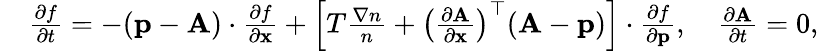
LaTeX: \begin{array}{rl}&{\frac{\partial f}{\partial t}=-({\mathbf p}-{\mathbf A})\cdot\frac{\partial f}{\partial{\mathbf x}}+\left[T\frac{\nabla n}{n}+\left(\frac{\partial{\mathbf A}}{\partial\mathbf x}\right)^{\top}({\mathbf A}-{\mathbf p})\right]\cdot\frac{\partial f}{\partial{\mathbf p}},\quad\frac{\partial{\mathbf A}}{\partial t}=0,}\end{array}